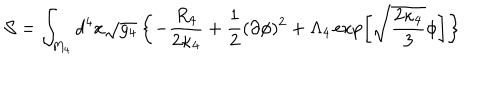
{ \cal S } = \int _ { M _ { 4 } } d ^ { 4 } x \sqrt { g _ { 4 } } \left\{ - \frac { R _ { 4 } } { 2 \kappa _ { 4 } } + \frac { 1 } { 2 } ( \partial \phi ) ^ { 2 } + \Lambda _ { 4 } \exp \left[ \sqrt { \frac { 2 \kappa _ { 4 } } { 3 } } \phi \right] \right\}